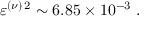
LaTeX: \varepsilon ^ { ( \nu ) \, 2 } \sim 6 . 8 5 \times 1 0 ^ { - 3 } \; .